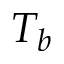
T _ { b }